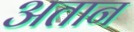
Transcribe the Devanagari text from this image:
अतान